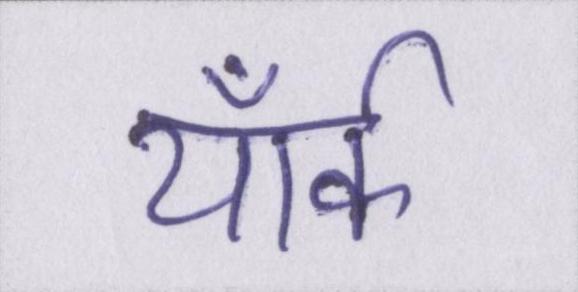
यॉर्क